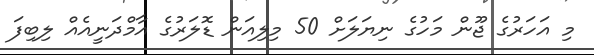
މި އަހަރުގެ ޖޫން މަހުގެ ނިޔަލަށް 50 މިލިއަން ޑޮލަރުގެ އާމްދަނީއެއް ލިބިފަ